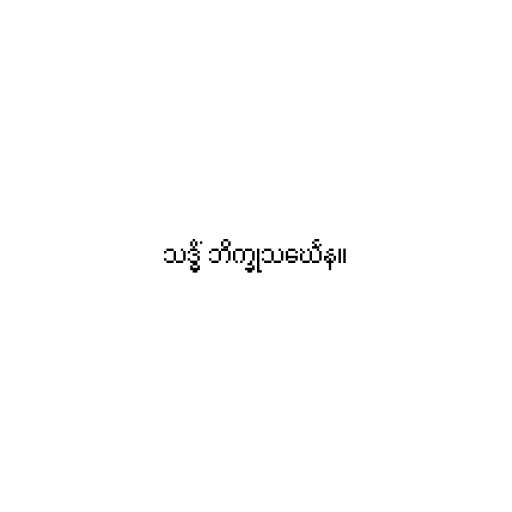
သဒ္ဓိံ ဘိက္ခုသင်္ဃေန။